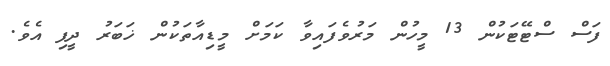
ފަސް ސްޓޭޓަކުން 13 މީހުން މަރުވެފައިވާ ކަމަށް މީޑިއާތަކުން ޚަބަރު ދީފި އެވެ.